Report on malaria in the Punjab during the year ...  together with an account of the work of the Punjab Malaria Bureau - Volume 5
Disease focus: Malaria
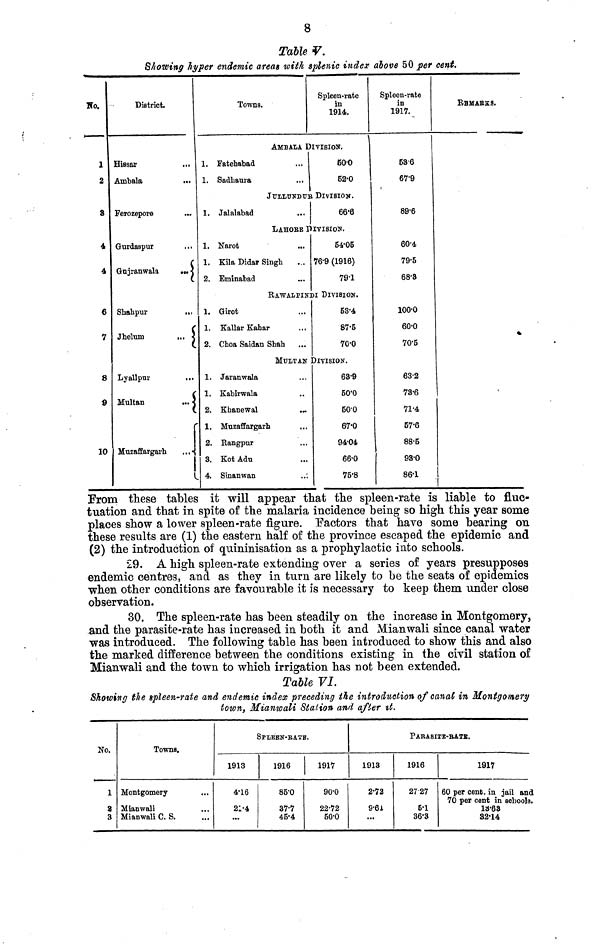
8
Table V.
Showing hyper endemic areas with splenic index above 50 per cent.
Wo.
1
2
3
4
4
6
7
8
9
10
District.
Hissar
Ambala
Ferozepore
Gurdaspur
Gnjranwala
...
Shahpur
...
Jhelum
...
Lyallpur
...
Multan
...
Muzaffargarh
...
1.
1.
1.
1.
2.
1.
1.
2.
1.
1.
2.
1.
2.
3.
4.
Towns.
Fatehabad
Sadhaura
Jalalabad
Narot
Spleen-rate
in
1914.
AMBALA DIVISION.
...
500
52.0
JULLUNDUR DIVISION.
...
66.6
LAHORE DIVISION.
...
Kila Didar Singh
Eminabad
Girot
54.05
76.9 (1916)
79.1
RAWALPINDI DIVISION.
...
Kallar Kahar
...
Choa Saidan Shah
Jaranwala
Kabirwala
Khanewal
MUJLTAN
Muzaffargarh
Rangpur
Kot Adu
Sinanwan
...
53.4
87.5
70.0
DIVISION.
63.9
50.0
50.0
67.0
94.04
66.0
75.8
Spleen-rate
in
1917.
53.6
67.9
89.6
60.4
79.5
68.3
1000
60.0
70.5
63.2
73.6
71.4
57.-6
88.5
93.0
86.1
REMARKS.
From these tables it will appear that the spleen-rate is liable to fluc-
tuation and that in spite of the malaria incidence being so high this year some
places show a lower spleen-rate figure. Factors that have some bearing on
these results are (1) the eastern half of the province escaped the epidemic and
(2) the introduction of quininisation as a prophylactic into schools.
£9. A high spleen-rate extending over a series of years presupposes
endemic centres, and as they in turn are likely to be the seats of epidemics
when other conditions are favourable it is necessary to keep them under close
observation.
30. The spleen-rate has been steadily on the increase in Montgomery,
and the parasite-rate has increased in both it and Mianwali since canal water
was introduced. The following table has been introduced to show this and also
the marked difference between the conditions existing in the civil station of
Mianwali and the town to which irrigation has not been extended.
Table VI.
Showing the spleen-rate and endemic index preceding the introduction of canal in Montgomery
town, Mianwali Station and after it.
No.
1
2
3
Towns.
1913
Montgomery
...
4.16
Mianwali
...
21.4
Mianwali C. S.
SPLEEN-RATE.
1916
85.0
37.7
45.4
1917
90.0
22.72
50.0
PARASITE-BATE.
1913
2.72
9.61
1916
2727
5.1
36.3
1917
60 per cent in jail and
70 per cent in schools.
l8.63
32.14